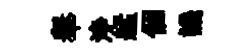
𦦙浄艋個譏